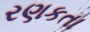
રણકતા